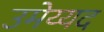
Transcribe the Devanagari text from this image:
उमेय्यद